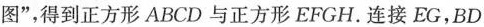
图”，得到正方形ABCD与正方形EFGH。连接EG，BD